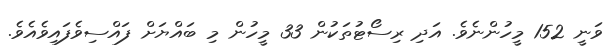
ވަނީ 152 މީހުންނެވެ. އަދި ރިސޯޓުތަކުން 33 މީހުން މި ބައްޔަށް ފައްސިވެފައިވެއެވެ.